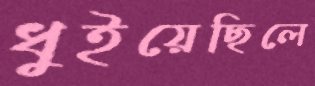
ধুইয়েছিলে